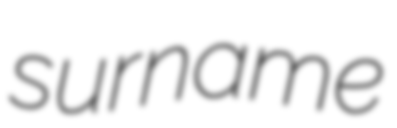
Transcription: surname